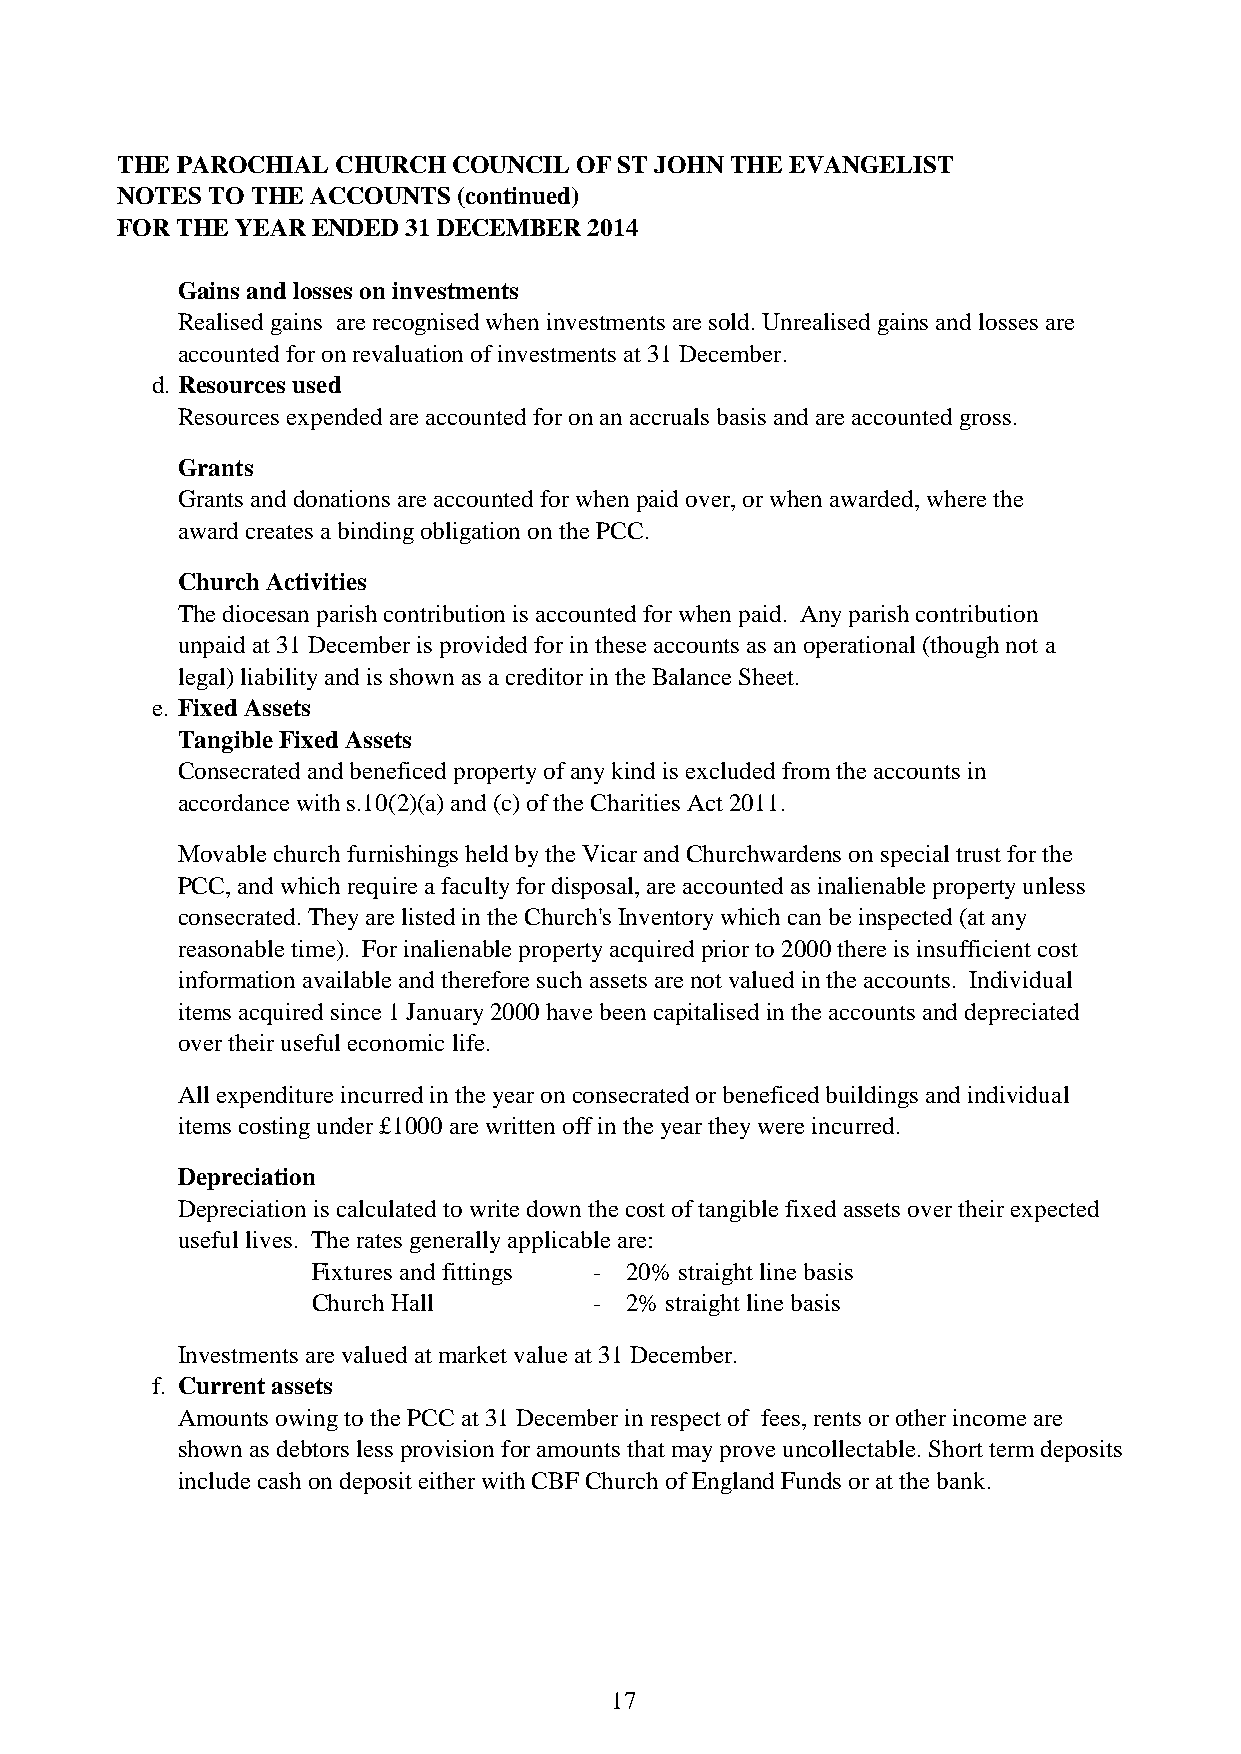
THE PAROCHIAL CHURCH  COUNCIL OF ST JOHN THE EVANGELIST
 NOTES TO THE ACCOUNTS (continued)
 FOR THE YEAR ENDED 31 DECEMBER 2014
 Gains and losses on investments
 Realised gains are recognised when investments are sold. Unrealised gains and losses are
 accounted for on revaluation of investments at 31 December.
 d. Resources used
 Resources expended are accounted for on an accruals basis and are accounted gross.
 Grants
 Grants and donations are accounted for when paid over, or when awarded, where the
 award creates a binding obligation on the PCC.
 Church Activities
 The diocesan parish contribution is accounted for when paid. Any parish contribution
 unpaid at 31 December is provided for in these accounts as an operational (though not a
 legal) liability and is shown as a creditor in the Balance Sheet.
 e. Fixed Assets
 Tangible Fixed Assets
 Consecrated and beneficed property of any kind is excluded from the accounts in
 accordance with s.10(2)(a) and (c) of the Charities Act 2011.
 Movable church furnishings held by the Vicar and Churchwardens on special trust for the
 PCC, and which require a faculty for disposal, are accounted as inalienable property unless
 consecrated. They are listed in the Church's Inventory which can be inspected (at any
 reasonable time). For inalienable property acquired prior to 2000 there is insufficient cost
 information available and therefore such assets are not valued in the accounts. Individual
 items acquired since 1 January 2000 have been capitalised in the accounts and depreciated
 over their useful economic life.
 All expenditure incurred in the year on consecrated or beneficed buildings and individual
 items costing under £1000 are written off in the year they were incurred.
 Depreciation
 Depreciation is calculated to write down the cost of tangible fixed assets over their expected
 useful lives. The rates generally applicable are:
 Fixtures and fittings - 20% straight line basis
 Church Hall       - 2% straight line basis
 Investments are valued at market value at 31 December.
 f. Current assets
 Amounts owing to the PCC at 31 December in respect of fees, rents or other income are
 shown as debtors less provision for amounts that may prove uncollectable. Short term deposits
 include cash on deposit either with CBF Church of England Funds or at the bank.
 17